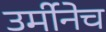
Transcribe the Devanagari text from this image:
उर्मीनेच